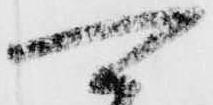
可